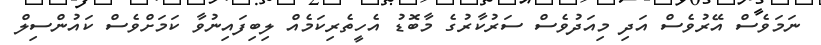
ނަމަވެސް އޭރުވެސް އަދި މިއަދުވެސް ސަރުކާރުގެ މާބޮޑު އެހީތެރިކަމެއް ލިބިފައިނުވާ ކަމަށްވެސް ކައުންސިލް